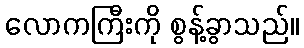
လောကကြီးကို စွန့်ခွာသည်။